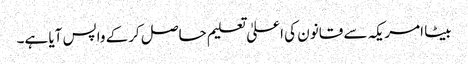
بیٹا امریکہ سے قانون کی اعلیٰ تعلیم حاصل کرکے واپس آیا ہے۔